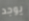
يوجد